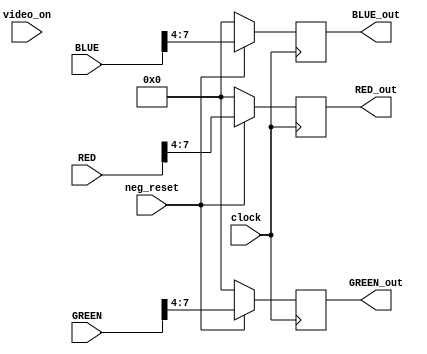
// ============================================================================
//   Ver  :| Author					:| Mod. Date :| Changes Made:
//   V1.1 :| Shehab Hesham			:| 31/12/2023:| Module Created
// ============================================================================

module displayer (
	input wire clock, 
	input wire neg_reset, 
	input wire [7:0] RED, 
	input wire [7:0] GREEN, 
	input wire [7:0] BLUE, 
	input wire video_on, 
	output wire [3:0] RED_out, 
	output wire [3:0] GREEN_out,
	output wire [3:0] BLUE_out
					); 
					
	reg [3:0] dummy_red ; 
	reg [3:0] dummy_green ; 
	reg [3:0] dummy_blue ;
	reg [3:0] blank = 0 ; 
	
	assign RED_out = dummy_red ; 
	assign GREEN_out = dummy_green ; 
	assign BLUE_out = dummy_blue ;
	
	initial begin
		dummy_red = 0 ;
		dummy_green = 0 ;
		dummy_blue = 0 ;
	end
		
	always @ (posedge clock) begin
		if (~neg_reset) begin
			dummy_red <= 0 ;
			dummy_green <= 0 ;
			dummy_blue <= 0 ;
		end
		else begin
			dummy_red <= RED[7:4] ;
			dummy_green <= GREEN[7:4] ; 
			dummy_blue <= BLUE[7:4] ;
		end	
	end

endmodule